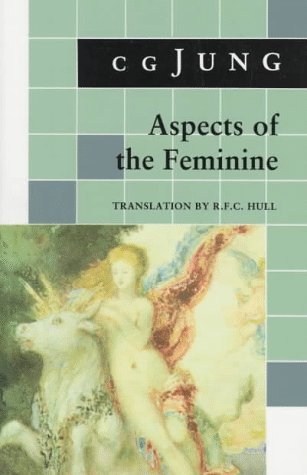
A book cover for Aspects of the Feminine: (From Volumes 6, 7, 9i, 9ii, 10, 17, Collected Works) (Jung Extracts); C. G. Jung; Gay & Lesbian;